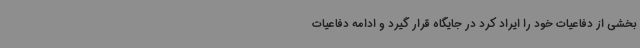
بخشی از دفاعیات خود را ایراد کرد در جایگاه قرار گیرد و ادامه دفاعیات